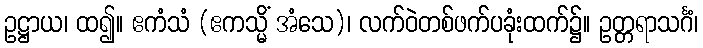
ဥဋ္ဌာယ၊ ထ၍။ ဧကံသံ (ဧကသ္မိံ အံသေ)၊ လက်ဝဲတစ်ဖက်ပခုံးထက်၌။ ဥတ္တရာသင်္ဂံ၊